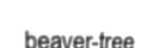
beaver-tree